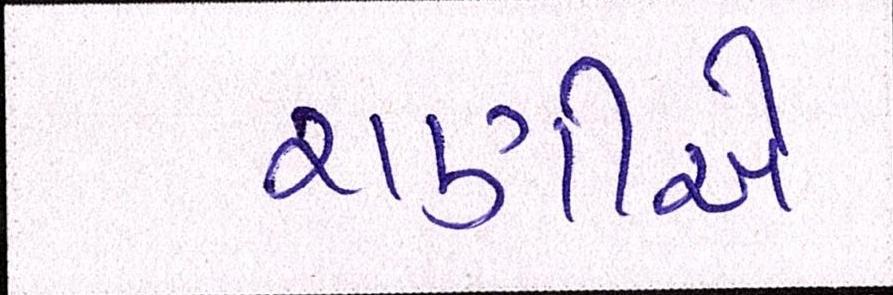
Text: રાણીએ